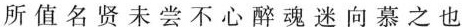
所值名贤未尝不心醉魂迷向慕之也